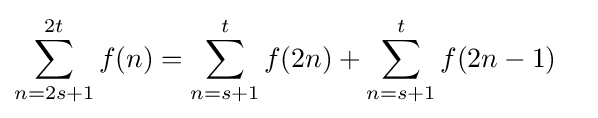
\sum _{n=2s+1}^{2t}f(n)=\sum _{n=s+1}^{t}f(2n)+\sum _{n=s+1}^{t}f(2n-1)\quad